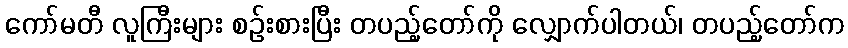
ကော်မတီ လူကြီးများ စဉ်းစားပြီး တပည့်တော်ကို လျှောက်ပါတယ်၊ တပည့်တော်က